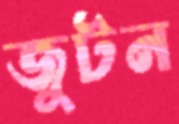
জুটন